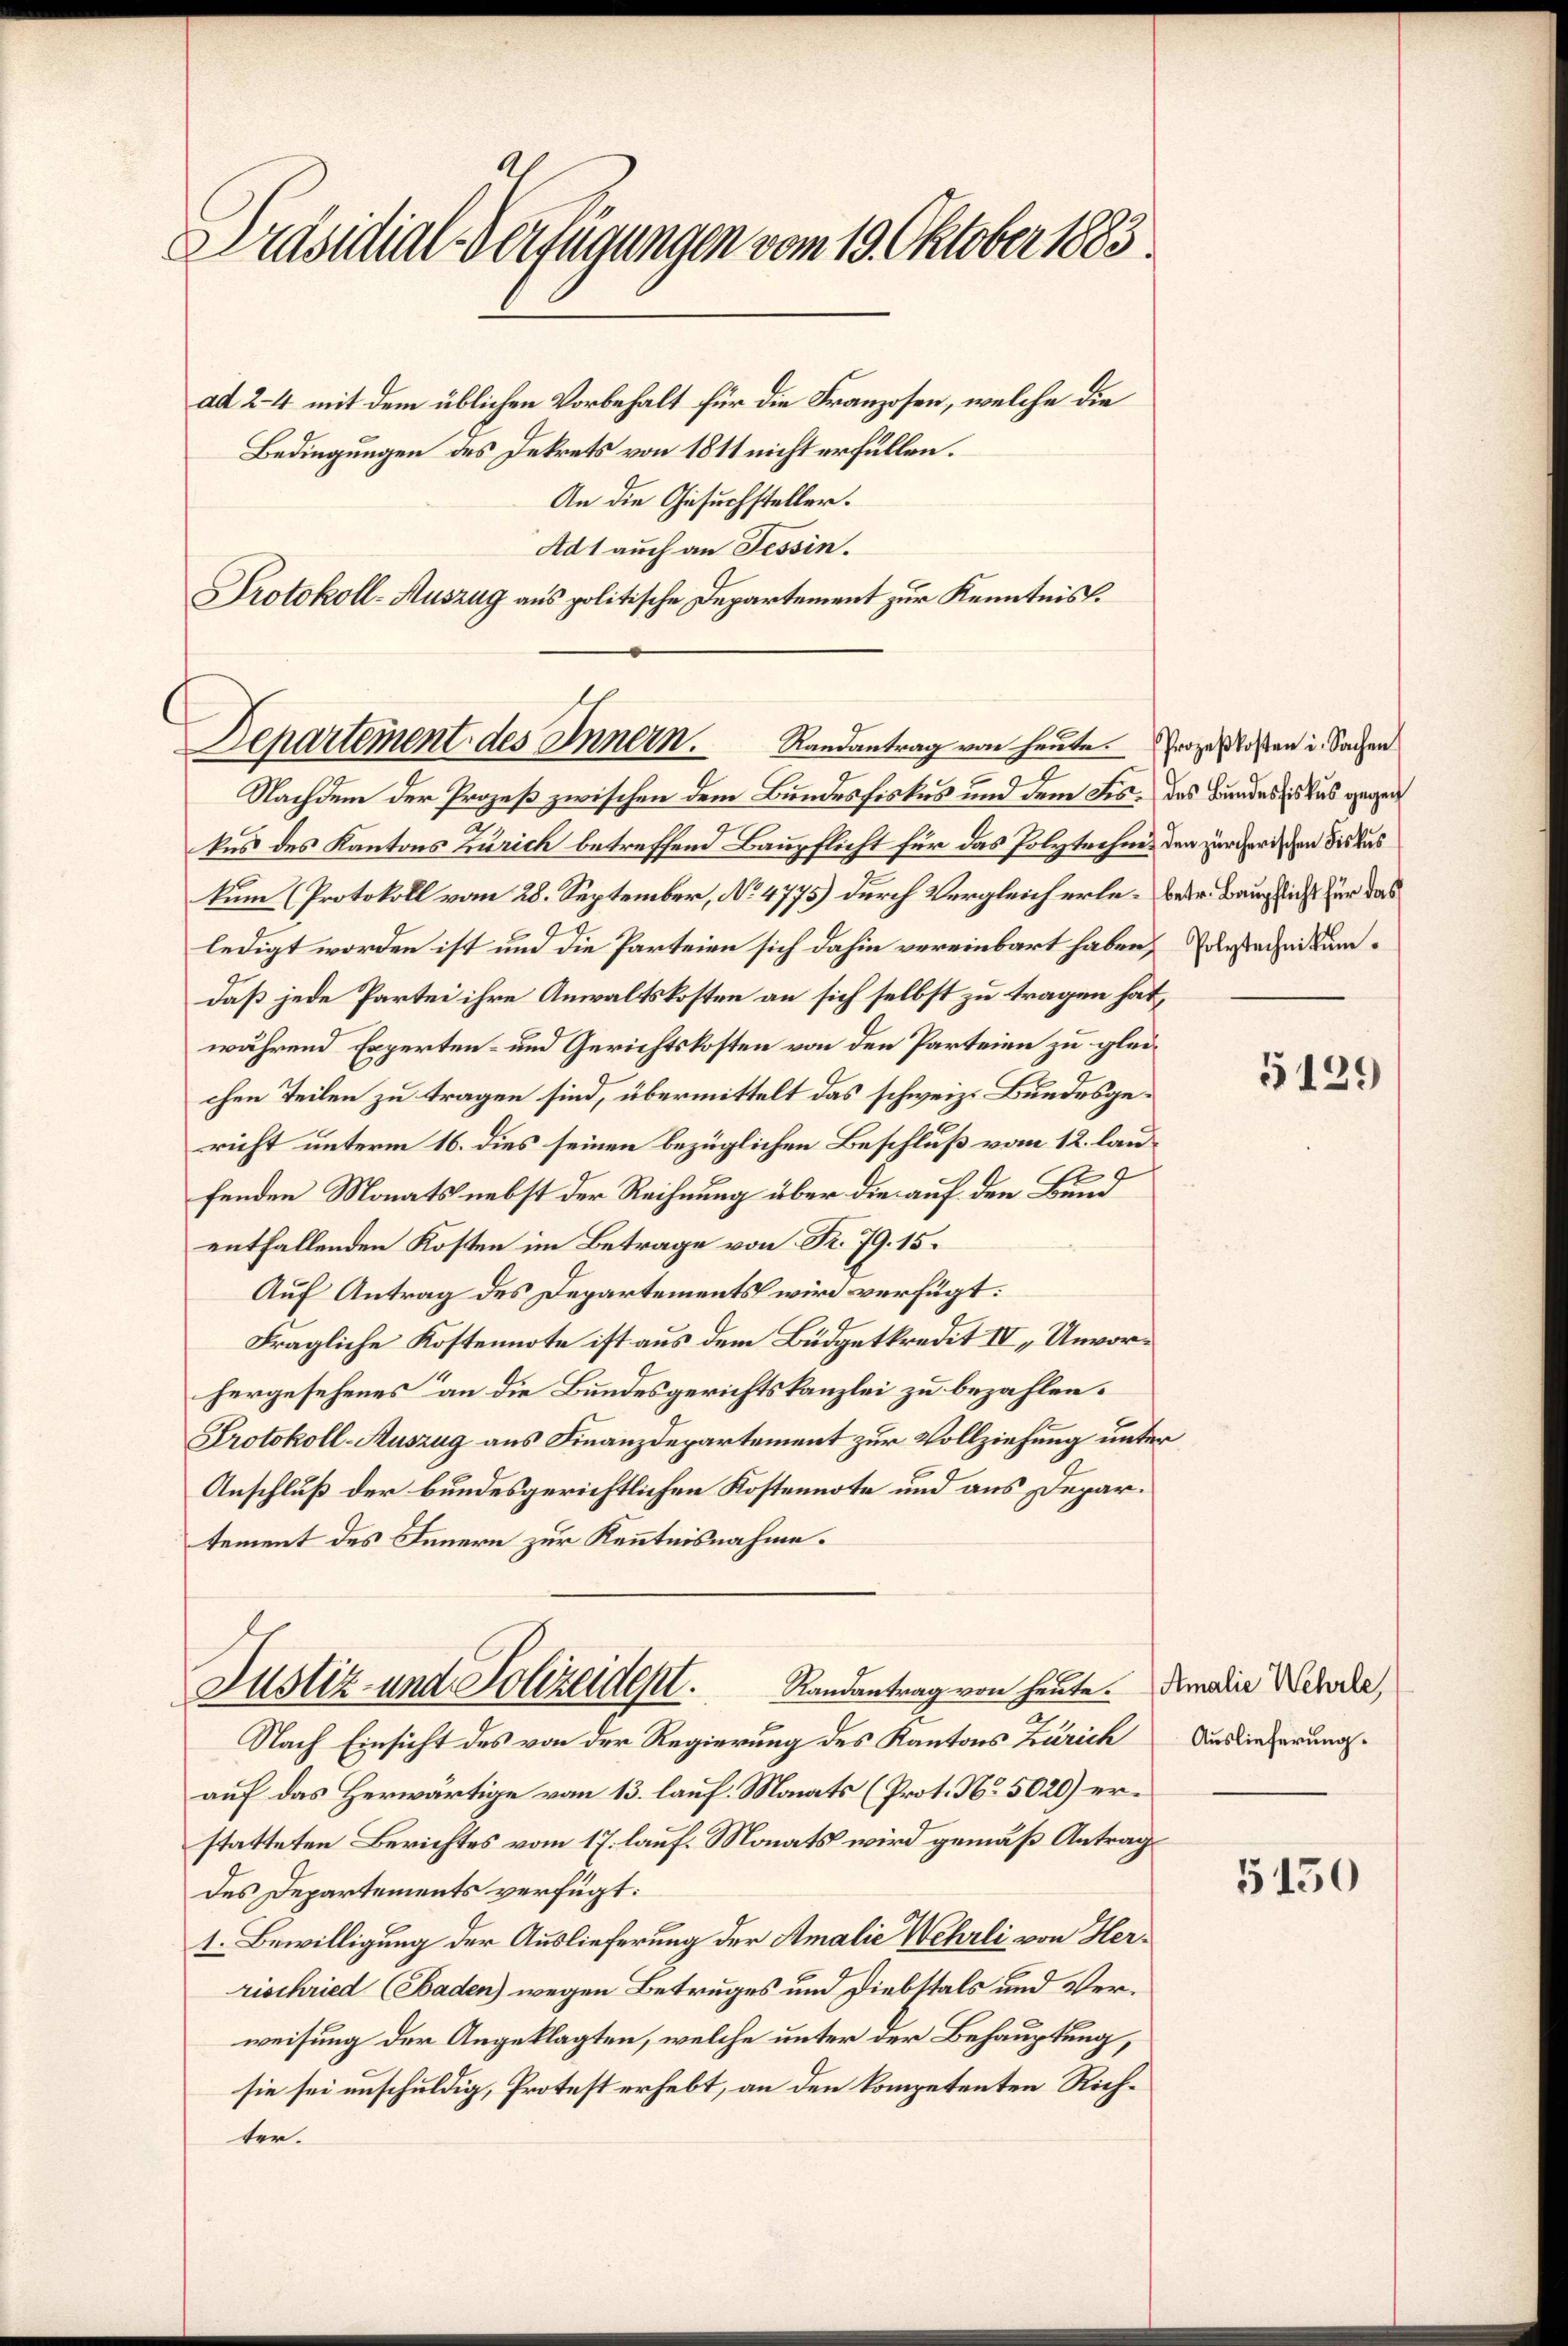
Präsidial-Verfügungen vom 19. Oktober 1883
ad 2–4 mit dem üblichen Vorbehalt für die Franzosen, welche die
Bedingungen des Dekrets von 1811 nicht erfüllen.
An die Gesuchsteller.

Departement des Innern. Randantrag von heute.

Ad 1 auch an Tessin.
Protokoll-Auszug aus politische Departement zur Kenntnis

Nachdem der Prozeß zwischen dem Bundesfistes und dem Fis, des Bundes des das gegen
.
kus des Kantons Zürich betreffend Baupflicht für das Polytechnes den zürcherischen die das
kum (Protokoll vom 28. September, No. 4775) durch Vergleicherleber Bauglicht zur das
ledigt worden ist und die Parteien sich dahin vereinbart haben, derstechnikumdaß jede Partei ihre Anwaltskosten an sich selbst zu tragen hat,
während Experten- und Gerichtskosten von den Parteien zu gleichen Teilen zu tragen sind, übermittelt das schweiz. Bundesgericht unterm 16. dies seinen bezüglichen Beschluß vom 12. lau¬
9
7
2
fenden Monats nebst der Rechnung über die auf den Bei
entfallenden Kosten im Betrage von Fr. 79. 15.
Auf Antrag des Departements wird verfügt:
Fragliche Kostennote ist aus dem Büdgetkredit IV „Unvorhergesehenes an die Bundesgerichtskanzlei zu bezahlen.
Protokoll-Auszug aus Finanzdepartement zur Vollziehung unter
Anschluß der bundesgerichtlichen Kostennote und aus Departement des Innern zur Kenntnisnahme.
Justiz- und Polizeident. Randantrag von heute. Amadie Wehrde,
Nach Einsicht des von der Regierung des Kantons Zürich Auslieferungauf das Herwärtige vom 13. lauf. Monats (Prot. No. 5020) erstatteten Berichtes vom 17. lauf. Monats wird gemäß Antrag
des Departements verfügt:
1. Bewilligung der Auslieferung der Amalie Wehrli von Herrischried (Baden) wegen Betruges und Diebstals und Verweisung der Angeklagten, welche unter der Behauptung,
sie sei unschuldig, Protest erhebt, an den kompetenten Richter.

Prozeßkosten u. Sachen

5129

5150